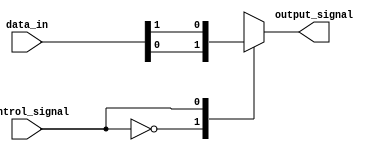
module mux_128to1 (
    input [127:0] data_in, // 128 input signals
    input control_signal,
    output reg output_signal
);

always @(*) begin
    case(control_signal)
        128'b00000000000000000000000000000000: output_signal = data_in[0];
        128'b00000000000000000000000000000001: output_signal = data_in[1];
        // continue for all 128 cases
        default: output_signal = 1'bx; // default value if control signal is invalid
    endcase
end

endmodule